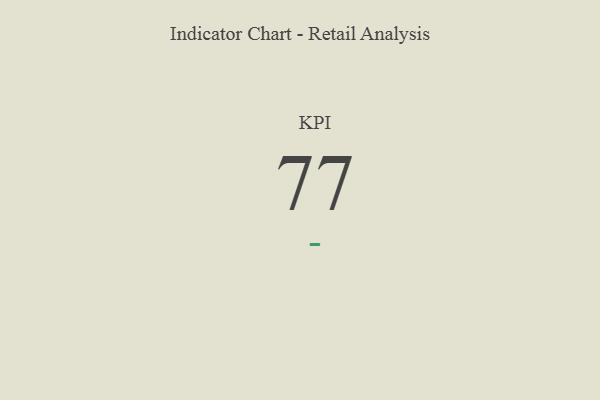
{"axis": {"x": "KPI", "y": "Value"}, "legend": [""], "data": [{"x": "KPI", "y": 77, "type": ""}]}